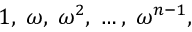
1 , \; \omega , \; \omega ^ { 2 } , \; \ldots , \; \omega ^ { n - 1 } ,